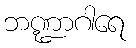
ဘဏ္ဍာဂါရေ